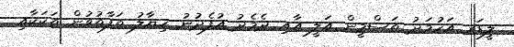
ލީޑަރ އަހުމަދު ތަސްމީން އަލީ އާއި ދެމެދު އުފެދުނު ޚިޔާލު ތަފާތުވުން ތަކަކާއި